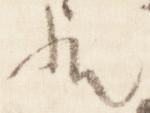
歟